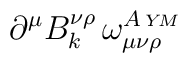
\partial^\mu B_k^{\nu \rho}\, \omega^{A\, \scriptscriptstyle{Y\! M}}_{\mu    \nu \rho}